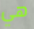
هي